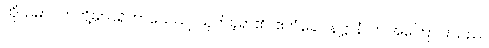
ထိုသမာပတ်တို့မှ။ ပရိဟာယေယျ၊ ယုတ်ခဲ့ရာ၏။ ဧတံခေါပနဋ္ဌာနံ၊ ဤအကြောင်းသည်။